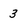
Character: 3